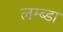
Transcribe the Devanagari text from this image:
लम्ब्डा